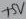
Text: +5V